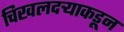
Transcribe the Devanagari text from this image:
चिखलदऱ्याकडून